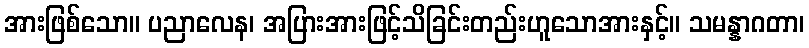
အားဖြစ်သော။ ပညာလေန၊ အပြားအားဖြင့်သိခြင်းတည်းဟူသောအားနှင့်။ သမန္နာဂတာ၊